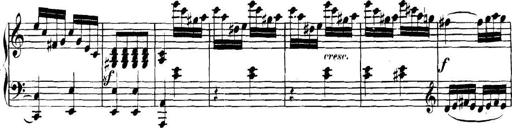
Title: Collected Piano Sonatas
Composer: Muzio Clementi